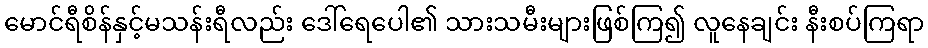
မောင်ရီစိန်နှင့်မသန်းရီလည်း ဒေါ်ရေပေါ၏ သားသမီးများဖြစ်ကြ၍ လူနေချင်း နီးစပ်ကြရာ